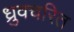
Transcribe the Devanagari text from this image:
ध्रुवचरित